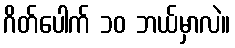
ဂိတ်ပေါက် ၁၀ ဘယ်မှာလဲ။